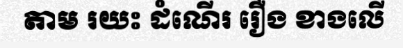
តាម រយះ ដំណើរ រឿង ខាងលើ